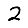
Digit: 2